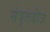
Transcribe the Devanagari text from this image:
संवृतबीज